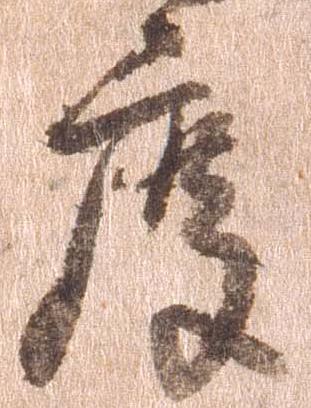
度